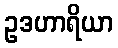
ဥဒဟာရိယာ